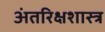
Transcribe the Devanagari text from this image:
अंतरिक्षशास्त्र